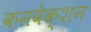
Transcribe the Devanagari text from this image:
कनवेक्शन